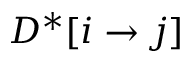
D ^ { * } [ i \rightarrow j ]